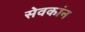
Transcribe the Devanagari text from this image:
सेवकांन